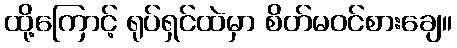
ထို့ကြောင့် ရုပ်ရှင်ထဲမှာ စိတ်မဝင်စားချေ။